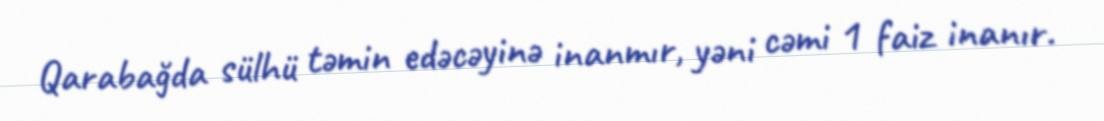
Qarabağda sülhü təmin edəcəyinə inanmır, yəni cəmi 1 faiz inanır.